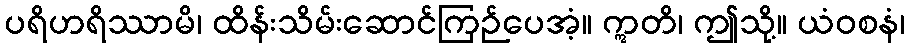
ပရိဟရိဿာမိ၊ ထိန်းသိမ်းဆောင်ကြဉ်ပေအံ့။ ဣတိ၊ ဤသို့။ ယံဝစနံ၊